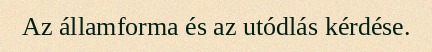
Az államforma és az utódlás kérdése.